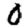
Digit: 0